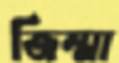
জিম্মা